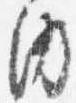
内